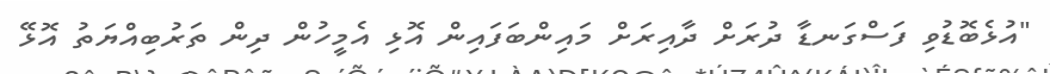
"އުޅެބޮޑުވި ފަސްގަނޑާ ދުރަށް ދާއިރަށް މައިންބަފައިން އޮޅި އެމީހުން ދިން ތަރުބިއްޔަތު އޮޅޭ